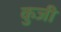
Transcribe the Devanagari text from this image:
कुजी